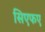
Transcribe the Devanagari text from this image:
सिएफए